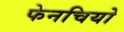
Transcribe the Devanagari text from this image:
फेनचियो